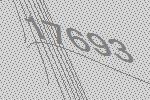
17693